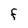
Character: f